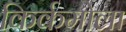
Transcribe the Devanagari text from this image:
किर्कमोला